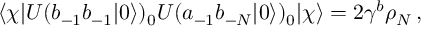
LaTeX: \langle \chi | U ( b _ { - 1 } b _ { - 1 } | 0 \rangle ) _ { 0 } U ( a _ { - 1 } b _ { - N } | 0 \rangle ) _ { 0 } | \chi \rangle = 2 \gamma ^ { b } \rho _ { N } \, ,